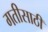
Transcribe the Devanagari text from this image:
गतीसाठी